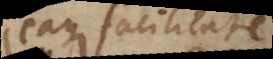
eaque facilitate